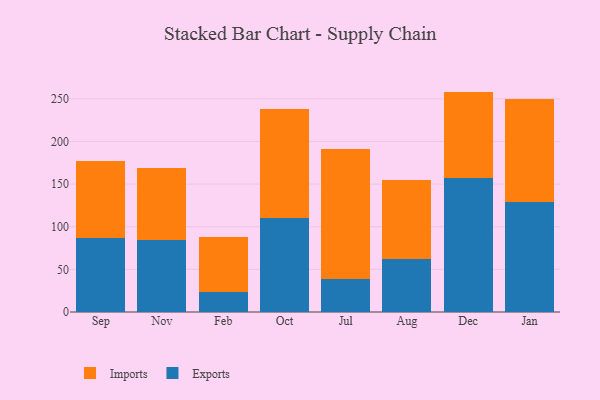
{"axis": {"x": "Month", "y": "Budget (USD K)"}, "legend": ["Exports", "Imports"], "data": [{"x": "Sep", "y": 87.3, "type": "Exports"}, {"x": "Sep", "y": 89.7, "type": "Imports"}, {"x": "Nov", "y": 85.0, "type": "Exports"}, {"x": "Nov", "y": 84.1, "type": "Imports"}, {"x": "Feb", "y": 23.8, "type": "Exports"}, {"x": "Feb", "y": 64.1, "type": "Imports"}, {"x": "Oct", "y": 110.1, "type": "Exports"}, {"x": "Oct", "y": 127.5, "type": "Imports"}, {"x": "Jul", "y": 38.7, "type": "Exports"}, {"x": "Jul", "y": 151.9, "type": "Imports"}, {"x": "Aug", "y": 62.0, "type": "Exports"}, {"x": "Aug", "y": 92.8, "type": "Imports"}, {"x": "Dec", "y": 157.0, "type": "Exports"}, {"x": "Dec", "y": 101.5, "type": "Imports"}, {"x": "Jan", "y": 128.7, "type": "Exports"}, {"x": "Jan", "y": 120.8, "type": "Imports"}]}